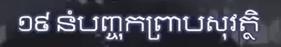
១៩ នំបញ្ចុកព្រាបសុវត្ថិ